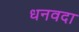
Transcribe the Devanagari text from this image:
धनवदा